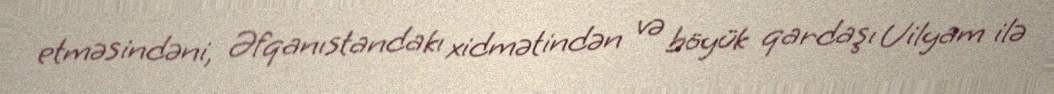
etməsindəni, Əfqanıstandakı xidmətindən və böyük qardaşı Uilyam ilə